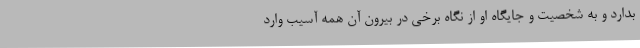
بدارد و به شخصیت و جایگاه او از نگاه برخی در بیرون آن همه آسیب وارد